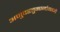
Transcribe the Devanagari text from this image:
अणुवस्तुमानांमध्ये